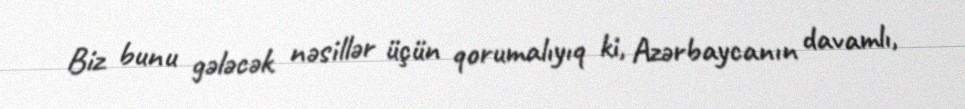
Biz bunu gələcək nəsillər üçün qorumalıyıq ki, Azərbaycanın davamlı,